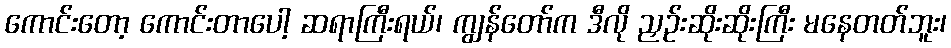
ကောင်းတော့ ကောင်းတာပေါ့ ဆရာကြီးရယ်၊ ကျွန်တော်က ဒီလို ညှဉ်းဆိုးဆိုးကြီး မနေတတ်ဘူး၊